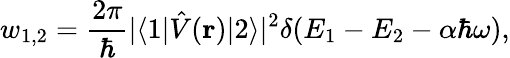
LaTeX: w_{1,2}=\frac{2\pi}{\hbar}\vert\langle 1\vert\hat{V}(\mathbf{r})\vert 2\rangle\vert^{2}\delta(E_{1}-E_{2}-\alpha\hbar\omega),